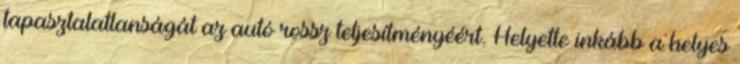
tapasztalatlanságát az autó rossz teljesítményéért. Helyette inkább a helyes